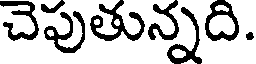
చెపుతున్నది.